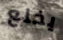
يخلع